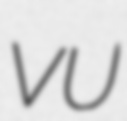
VU